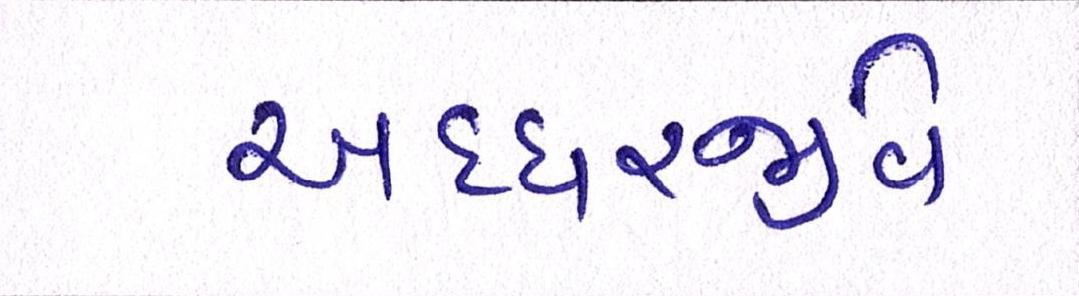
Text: અધ્ધરજીવે